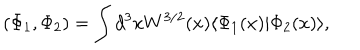
( \Phi _ { 1 } , \Phi _ { 2 } ) = \int d ^ { 3 } x W ^ { 3 / 2 } ( x ) \langle \Phi _ { 1 } ( x ) | \Phi _ { 2 } ( x ) \rangle ,